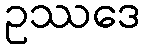
ဥဿဒေ